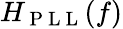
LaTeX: H_{\mathrm{~P~L~L~}}(f)